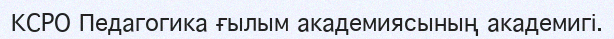
КСРО Педагогика ғылым академиясының академигі.